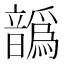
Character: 𩑁